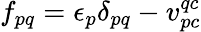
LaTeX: f_{pq}=\epsilon_{p}\delta_{pq}-v_{pc}^{qc}